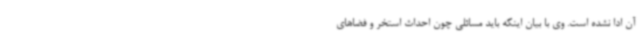
آن ادا نشده است. وی با بیان اینکه باید مسائلی چون احداث استخر و فضاهای